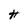
Character: H